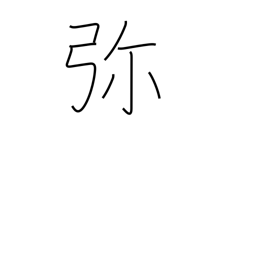
Meaning: all the more